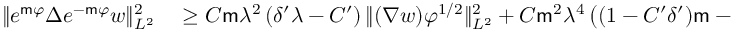
\begin{array} { r l } { \| e ^ { \mathsf { m } \varphi } \Delta e ^ { - \mathsf { m } \varphi } w \| _ { L ^ { 2 } } ^ { 2 } } & { { } \geq C \mathsf { m } \lambda ^ { 2 } \left( \delta ^ { \prime } \lambda - C ^ { \prime } \right) \| ( \nabla w ) \varphi ^ { 1 / 2 } \| _ { L ^ { 2 } } ^ { 2 } + C \mathsf { m } ^ { 2 } \lambda ^ { 4 } \left( ( 1 - C ^ { \prime } \delta ^ { \prime } ) \mathsf { m } - C ^ { \prime } ( \delta ^ { \prime } ) ^ { 2 } \right) \| w \varphi ^ { 3 / 2 } \| _ { L ^ { 2 } ( D _ { h } ) } ^ { 2 } } \end{array}